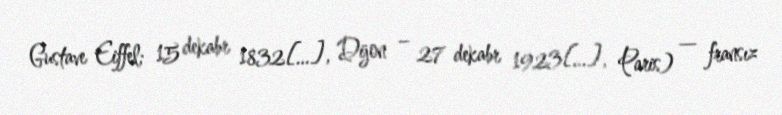
Gustave Eiffel; 15 dekabr 1832[…], Dijon – 27 dekabr 1923[…], Paris) — fransız